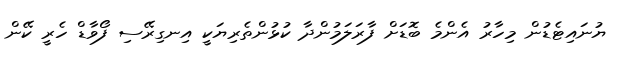
ޔުނައިޓެޑުން މިހާރު އެންމެ ބޮޑަށް ފާރަލަމުންދާ ކުޅުންތެރިޔަކީ އިނގިރޭސި ފޯވާޑް ހެރީ ކޭން